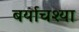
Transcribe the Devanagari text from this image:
बर्याचश्या